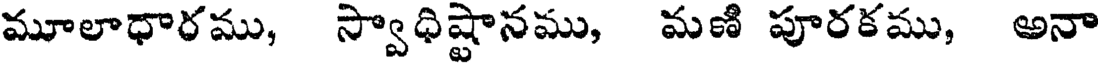
మూలాధారము, స్వాధిష్టానము, మణి పూరకము, అనా